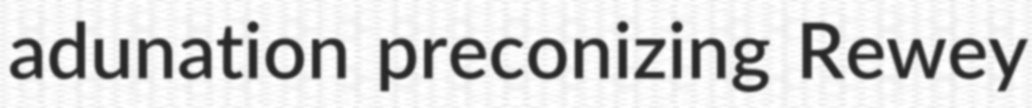
adunation preconizing Rewey